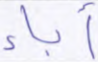
آباء